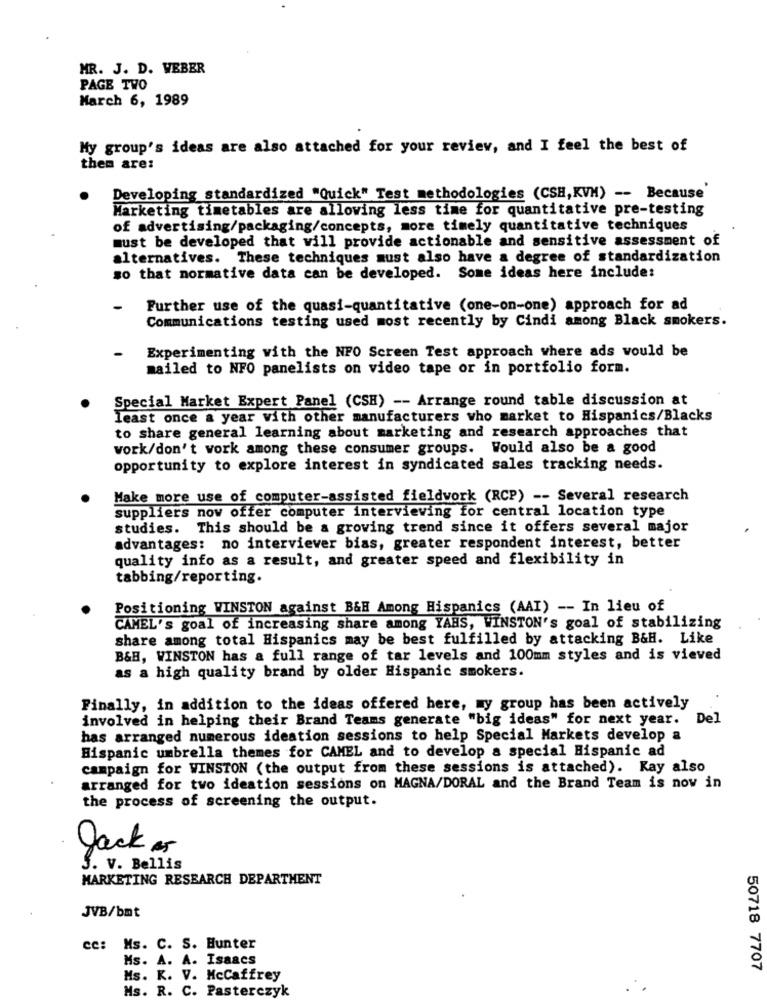
MR. J. D. WEBER
PAGE TWO
March 6, 1989
My group's ideas are also attached for your review, and I feel the best of
them are:
Developing standardized "Quick" Test methodologies (CSH,KVM) -- Because
Marketing timetables are allowing less time for quantitative pre-testing
of advertising/packaging/concepts, more timely quantitative techniques
must be developed that will provide actionable and sensitive assessment of
alternatives. These techniques must also have a degree of standardization
so that normative data can be developed. Some ideas here include:
-
Further use of the quasi-quantitative (one-on-one) approach for ad
Communications testing used most recently by Cindi among Black smokers.
Experimenting with the NPO Screen Test approach where ads would be
mailed to NFO panelists on video tape or in portfolio form.
Special Market Expert Panel (CSH) -- Arrange round table discussion at
least once a year with other manufacturers who market to Hispanics/Blacks
to share general learning about marketing and research approaches that
work/don't work among these consumer groups. Would also be a good
opportunity to explore interest in syndicated sales tracking needs.
Make more use of computer-assisted fieldwork (RCP) -- Several research
suppliers now offer computer interviewing for central location type
studies. This should be a growing trend since it offers several major
advantages: no interviever bias, greater respondent interest, better
quality info as a result, and greater speed and flexibility in
tabbing/reporting.
Positioning WINSTON against B&H Among Hispanics (AAI) -- In lieu of
CAMEL's goal of increasing share among YAHS, WINSTON's goal of stabilizing
share among total Hispanics may be best fulfilled by attacking B&H. Like
B&H, WINSTON has a full range of tar levels and 100mm styles and is vieved
as a high quality brand by older Hispanic smokers.
Finally, in addition to the ideas offered here, my group has been actively
involved in helping their Brand Teams generate "big ideas" for next year.
Del
has arranged numerous ideation sessions to help Special Markets develop a
Hispanic umbrella themes for CAMEL and to develop a special Hispanic ad
campaign for WINSTON (the output from these sessions is attached). Kay also
arranged for two ideation sessions on MAGNA/DORAL and the Brand Team is now in
the process of screening the output.
Jack as
5. V. Bellis
MARKETING RESEARCH DEPARTMENT
JVB/bmt
cc: Ms. C. S. Hunter
Ms. A. A. Isaacs
50718 7707
Ms. K. V. McCaffrey
Ms. R. C. Pasterczyk